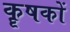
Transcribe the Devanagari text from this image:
कॄषकों